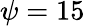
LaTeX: \psi=15